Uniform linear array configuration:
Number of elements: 64
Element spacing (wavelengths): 0.75
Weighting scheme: kaiser
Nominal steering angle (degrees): -30
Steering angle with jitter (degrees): -28.719
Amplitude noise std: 0.05
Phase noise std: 0.05

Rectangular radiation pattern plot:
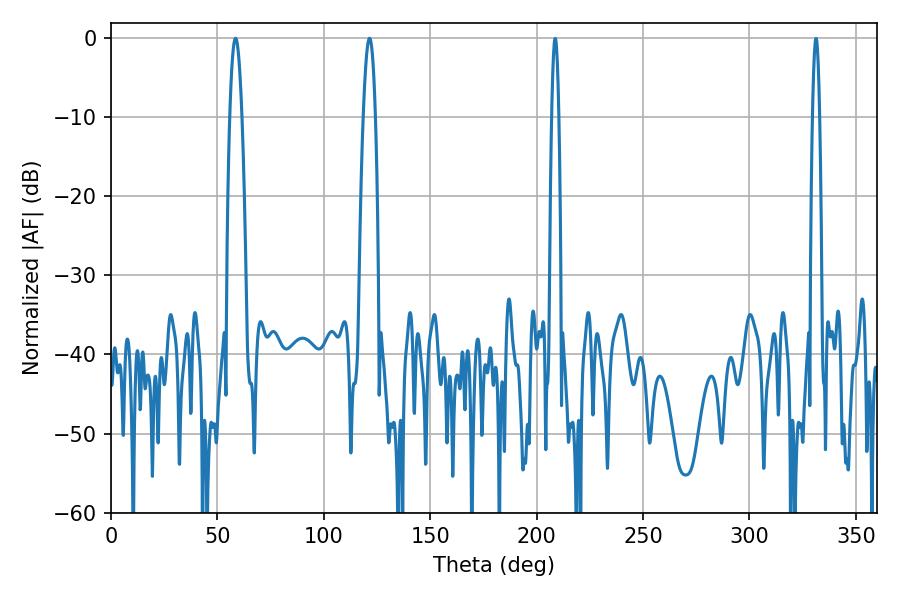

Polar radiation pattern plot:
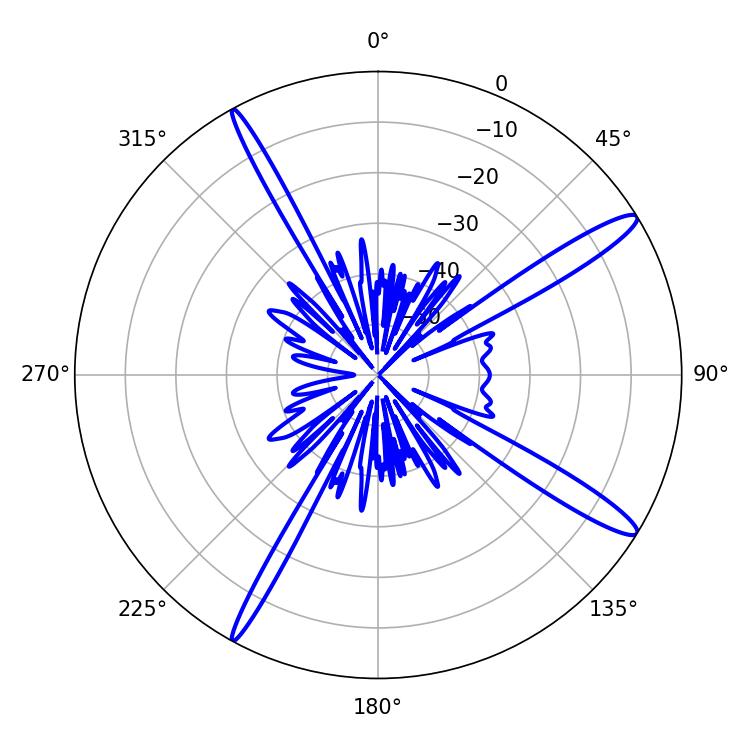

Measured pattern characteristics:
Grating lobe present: TRUE
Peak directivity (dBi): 14.694
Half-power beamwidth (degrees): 3.06
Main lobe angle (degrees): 58.5